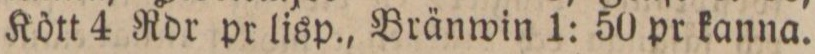
Kött 4 Rdr pr lisp., Bränwin 1: 50 pr kanna.